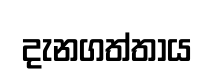
දැනගත්තාය